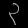
Digit: ၃